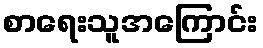
စာရေးသူအကြောင်း